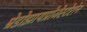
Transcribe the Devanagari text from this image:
म्रेडोझायप्रोजेस्टेरोन